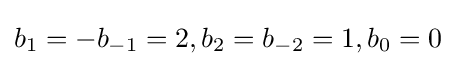
b_{1}=-b_{-1}=2,b_{2}=b_{-2}=1,b_{0}=0